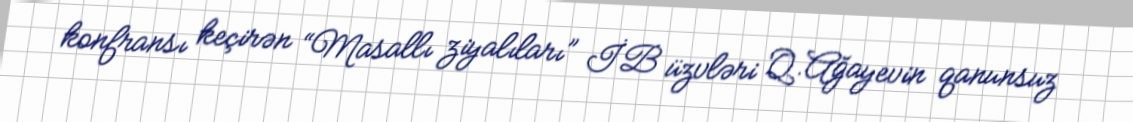
konfransı keçirən “Masallı ziyalıları” İB üzvləri Q.Ağayevin qanunsuz